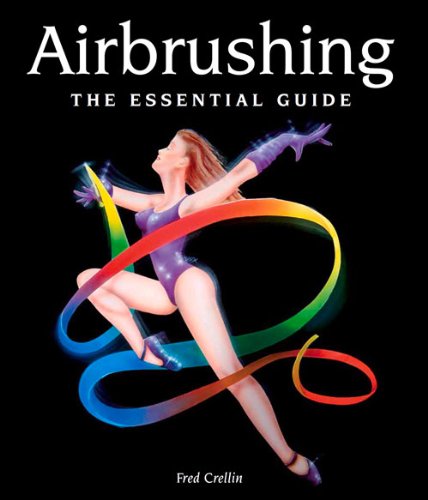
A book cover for Airbrushing: The Essential Guide; Fred Crellin; Arts & Photography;